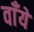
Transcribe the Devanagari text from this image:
वाँये